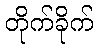
တိုက်ခိုက်